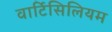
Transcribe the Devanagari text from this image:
वार्टिसिलियम